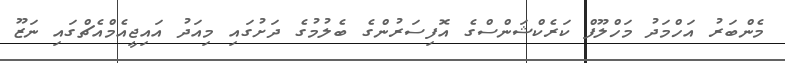
މެންބަރު އަހްމަދު މަހްލޫފް ކަރެކްޝަންސްގެ އޮފިސަރުންގެ ބެލުމުގެ ދަށުގައި މިއަދު އައިޖީއެމްއެޗްގައި ނަޒޫ